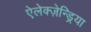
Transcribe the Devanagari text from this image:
ऐलेक्ज़ेन्ड्रिया